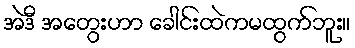
အဲဒီ အတွေးဟာ ခေါင်းထဲကမထွက်ဘူး။